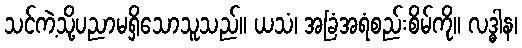
သင်ကဲ့သို့ပညာမရှိသောသူသည်။ ယသံ၊ အခြံအရံစည်းစိမ်ကို။ လဒ္ဓါန၊